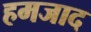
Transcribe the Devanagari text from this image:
हमजाद